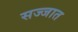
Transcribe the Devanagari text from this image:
सज्जात